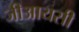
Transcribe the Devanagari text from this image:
जीआयसी